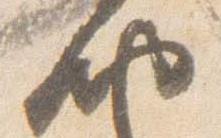
納